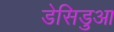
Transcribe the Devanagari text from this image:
डेसिडुआ